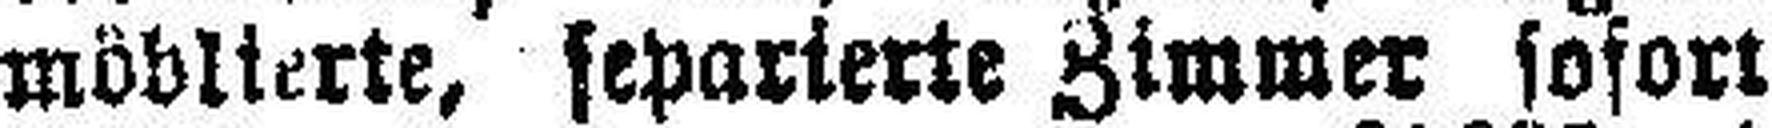
möblierte, separierte Zimmer sofort